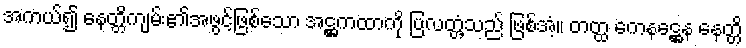
အကယ်၍ နေတ္တိကျမ်း၏အဖွင့်ဖြစ်သော အဋ္ဌကထာကို ပြလတ္တံ့သည် ဖြစ်အံ့။ တတ္ထ ကေနဋ္ဌေန နေတ္တိ